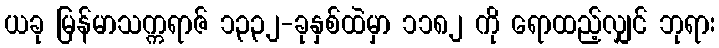
ယခု မြန်မာသက္ကရာဇ် ၁၃၃၂-ခုနှစ်ထဲမှာ ၁၁၈၂ ကို ရောထည့်လျှင် ဘုရား